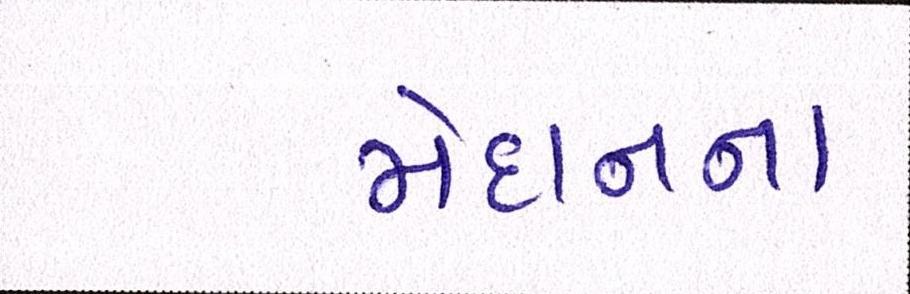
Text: મેદાનના